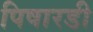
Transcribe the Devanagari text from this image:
पिषारडी